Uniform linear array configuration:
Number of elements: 24
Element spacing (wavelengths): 0.75
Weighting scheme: uniform
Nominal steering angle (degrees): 0
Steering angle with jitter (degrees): -1.5
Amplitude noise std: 0.05
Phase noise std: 0.05

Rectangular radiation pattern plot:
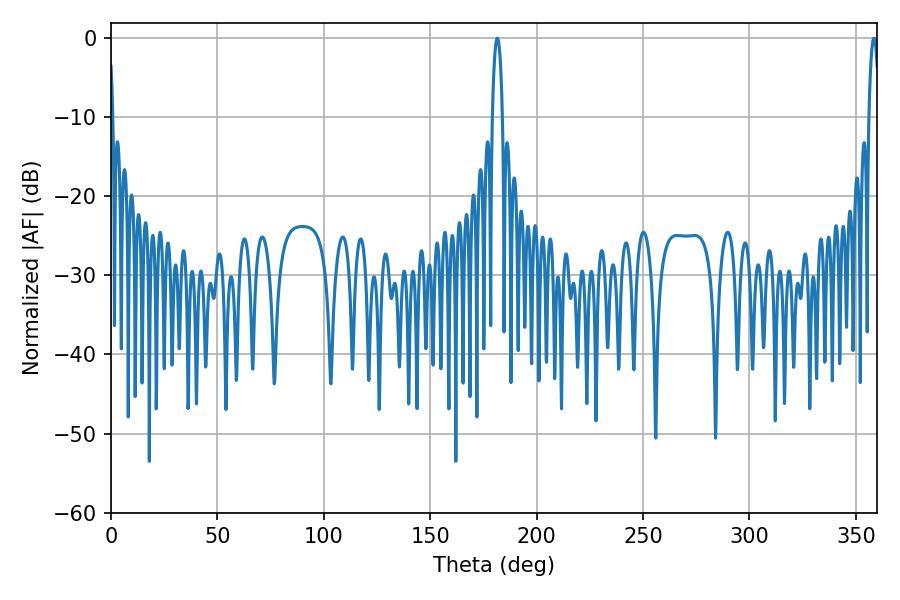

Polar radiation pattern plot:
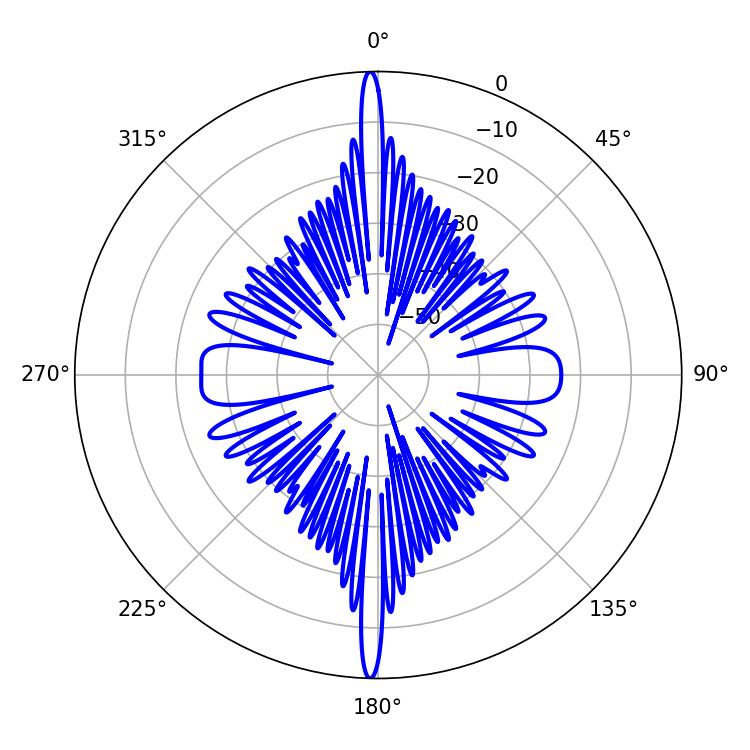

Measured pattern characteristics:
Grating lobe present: TRUE
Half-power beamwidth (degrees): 2.7
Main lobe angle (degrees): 181.44